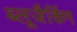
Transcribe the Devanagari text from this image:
ब्लूजैकिंग